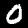
Label: 0